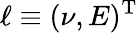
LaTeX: \ell\equiv(\nu,E)^{\mathrm{T}}